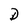
Character: D